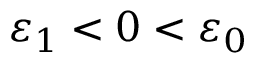
\varepsilon _ { 1 } < 0 < \varepsilon _ { 0 }